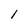
Character: 1